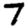
Digit: 7